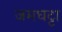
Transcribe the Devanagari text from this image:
जमघट्टा